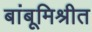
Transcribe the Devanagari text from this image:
बांबूमिश्रीत